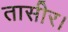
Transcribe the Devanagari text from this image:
तासीर।